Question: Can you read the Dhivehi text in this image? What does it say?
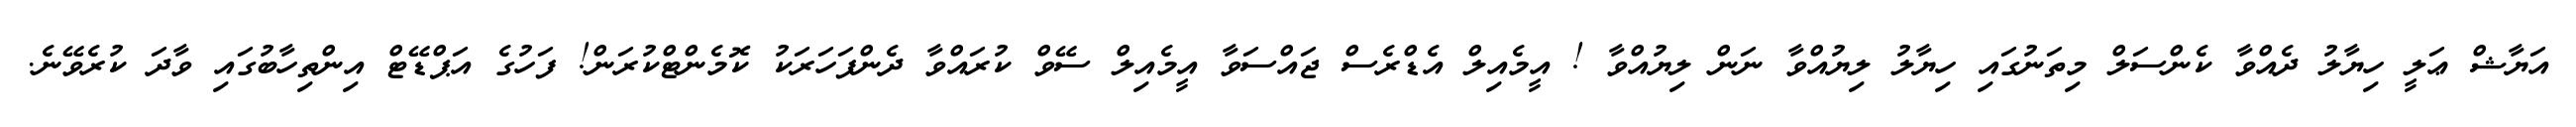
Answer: އަޔާޝް ޢަލީ ހިޔާލު ދެއްވާ ކެންސަލް މިތަނުގައި ހިޔާލު ލިޔުއްވާ ނަން ލިޔުއްވާ ! އީމެއިލް އެޑްރެސް ޖައްސަވާ އީމެއިލް ސޭވް ކުރައްވާ ދެންފަހަރަކު ކޮމެންޓްކުރަން! ފަހުގެ އަޕްޑޭޓް އިންތިހާބުގައި ވާދަ ކުރެވޭނެ.